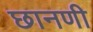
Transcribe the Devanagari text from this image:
छानणी